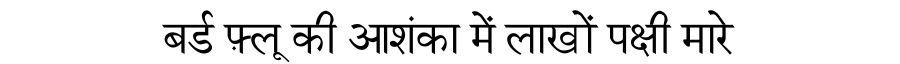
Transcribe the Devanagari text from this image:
बर्ड फ़्लू की आशंका में लाखों पक्षी मारे